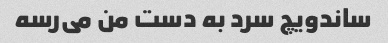
ساندویچ سرد به دست من می‌رسه